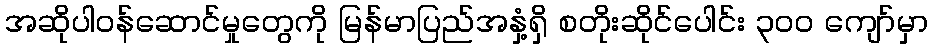
အဆိုပါဝန်ဆောင်မှုတွေကို မြန်မာပြည်အနှံ့ရှိ စတိုးဆိုင်ပေါင်း ၃ဝဝ ကျော်မှာ